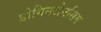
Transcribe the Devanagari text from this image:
डोमिनजेनसिस